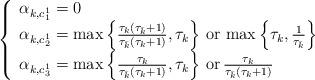
LaTeX: \begin{align*}\left\{\begin{array}{l} \alpha_{k,c_1^1}=0\\ \alpha_{k,c_2^1}=\max\left\{\frac{\tau_k(\tau_{\bar k}+1)}{\tau_{\bar k}(\tau_k+1)},\tau_k\right\}\, \mbox{or}\, \max\left\{\tau_k,\frac{1}{\tau_{\bar k}}\right\}\\\alpha_{k,c_3^1}=\max\left\{\frac{\tau_k}{\tau_{\bar k}(\tau_k+1)},\tau_k\right\}\, \mbox{or}\, \frac{\tau_k}{\tau_{\bar k}(\tau_k+1)}\end{array}\right.\end{align*}